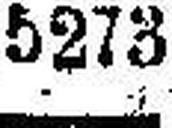
5273